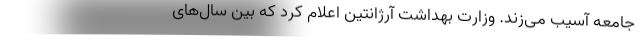
جامعه آسیب می‌زند. وزارت بهداشت آرژانتین اعلام کرد که بین سال‌های